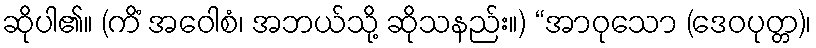
ဆိုပါ၏။ (ကိံ အဝေါစံ၊ အဘယ်သို့ ဆိုသနည်း။) “အာဝုသော (ဒေဝပုတ္တ)၊